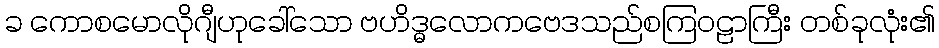
ခ ကောစမောလိုဂျီဟုခေါ်သော ဗဟိဒ္ဓလောကဗေဒသည်စကြဝဠာကြီး တစ်ခုလုံး၏